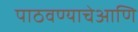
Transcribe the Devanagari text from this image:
पाठवण्याचेआणि